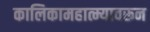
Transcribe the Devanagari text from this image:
कालिकामहात्म्यावरून